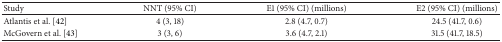
| Study | NNT (95% CI) | E1 (95% CI) (millions) | E2 (95% CI) (millions) |
 | --- | --- | --- | --- |
 | Atlantis et al. [42] | 4 (3, 18) | 2.8 (4.7, 0.7) | 24.5 (41.7, 0.6) |
 | McGovern et al. [43] | 3 (3, 6) | 3.6 (4.7, 2.1) | 31.5 (41.7, 18.5) |